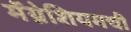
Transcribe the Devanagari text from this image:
मॅग्नेशियमची